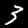
Label: 3